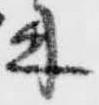
来